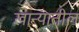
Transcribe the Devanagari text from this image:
खान्यातील